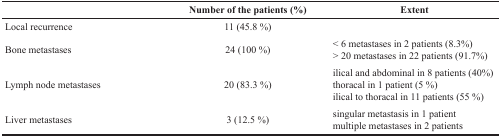
|  | Number of the patients (%) | Extent |
 | --- | --- | --- |
 | Local recurrence | 11 (45.8 %) |  |
 | Bone metastases | 24(100 %) | < 6 metastases in 2 patients (8.3%)> 20 metastases in 22 patients (91.7%) |
 | Lymph node metastases | 20 (83.3 %) | ilical and abdominal in 8 patients (40%)thoracal in 1 patient (5 %)ilical to thoracal in 11 patients (55 %) |
 | Liver metastases | 3 (12.5 %) | singular metastasis in 1 patientmultiple metastases in 2 patients |